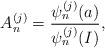
LaTeX: \begin{align*} A^{(j)}_n=\frac{\psi^{(j)}_n(a)}{\psi^{(j)}_n(I)},\end{align*}